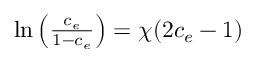
\begin{array} { r } { \ln \left( \frac { c _ { e } } { 1 - c _ { e } } \right) = \chi ( 2 c _ { e } - 1 ) } \end{array}